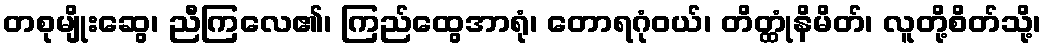
တစုမျိုးဆွေ၊ ညီကြလေ၏၊ ကြည်ထွေအာရုံ၊ တောရဂုံဝယ်၊ တိတ္ထုံနိမိတ်၊ လူတို့စိတ်သို့၊